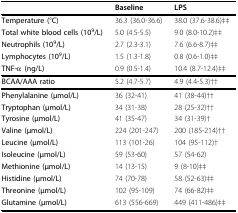
<table><thead><tr><td>[EMPTY_CELL]</td><td><b>Baseline</b></td><td><b>LPS</b></td></tr></thead><tbody><tr><td><b>Temperature (°C)</b></td><td>36.3 (36.0-36.6)</td><td>38.0 (37.6-38.6)‡‡</td></tr><tr><td><b>Total white blood cells (10</b><sup><b>9</b></sup><b>/L)</b></td><td>5.0 (4.5-5.5)</td><td>9.0 (8.0-10.2)‡‡</td></tr><tr><td><b>Neutrophils (10</b><sup><b>9</b></sup><b>/L)</b></td><td>2.7 (2.3-3.1)</td><td>7.6 (6.6-8.7)‡‡</td></tr><tr><td><b>Lymphocytes (10</b><sup><b>9</b></sup><b>/L)</b></td><td>1.5 (1.3-1.8)</td><td>0.8 (0.6-1.0)‡‡</td></tr><tr><td><b>TNF-α (ng/L)</b></td><td>0.9 (0.5-1.4)</td><td>10.4 (8.7-12.4)‡‡</td></tr><tr><td><b>BCAA/AAA ratio</b></td><td>5.2 (4.7-5.7)</td><td>4.9 (4.4-5.3)††</td></tr><tr><td><b>Phenylalanine (μmol/L)</b></td><td>36 (32-41)</td><td>41 (38-44)††</td></tr><tr><td><b>Tryptophan (μmol/L)</b></td><td>34 (31-38)</td><td>28 (25-32)††</td></tr><tr><td><b>Tyrosine (μmol/L)</b></td><td>41 (35-47)</td><td>34 (31-39)†</td></tr><tr><td><b>Valine (μmol/L)</b></td><td>224 (201-247)</td><td>200 (185-214)††</td></tr><tr><td><b>Leucine (μmol/L)</b></td><td>113 (101-26)</td><td>104 (95-112)†</td></tr><tr><td><b>Isoleucine (μmol/L)</b></td><td>59 (53-60)</td><td>57 (54-62)</td></tr><tr><td><b>Methionine (μmol/L)</b></td><td>14 (13-15)</td><td>9 (8-10)‡‡</td></tr><tr><td><b>Histidine (μmol/L)</b></td><td>74 (70-78)</td><td>58 (52-63)‡‡</td></tr><tr><td><b>Threonine (μmol/L)</b></td><td>102 (95-109)</td><td>74 (66-82)‡‡</td></tr><tr><td><b>Glutamine (μmol/L)</b></td><td>613 (556-669)</td><td>449 (411-486)‡‡</td></tr></tbody></table>